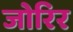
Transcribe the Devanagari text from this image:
जोरिर